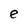
Character: e